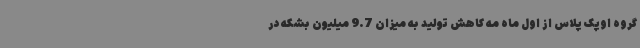
گروه اوپک پلاس از اول ماه مه کاهش تولید به میزان 9.7 میلیون بشکه در